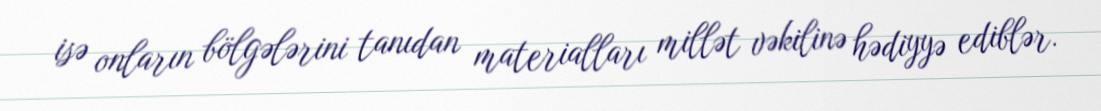
isə onların bölgələrini tanıdan materialları millət vəkilinə hədiyyə ediblər.